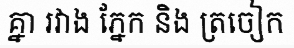
គ្នា រវាង ភ្នែក និង ត្រចៀក